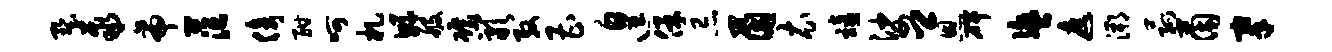
墅聚帝茫倚酣呵札鲧般碾岩殷曹遑保忌茵衣禧娑卿恩碑盥遮溯菰茵搴